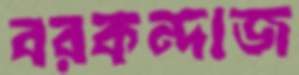
বরকন্দাজ